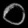
Digit: ၀